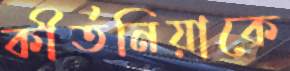
কীর্তনিয়াকে